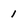
Character: 1